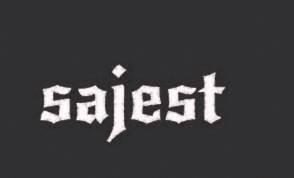
sajest